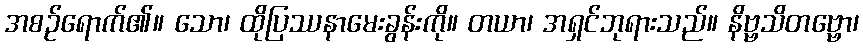
အစဉ်ရောက်၏။ သော၊ ထိုပြဿနာမေးခွန်းကို။ တယာ၊ အရှင်ဘုရားသည်။ နိဗ္ဗသိတဗ္ဗော၊